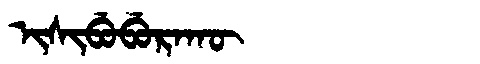
Manchu: ᡳᠰᡳᠪᡠᠪᡠᡵᠠᡴᡡ
Romanization: ISIBUBURAKŪ